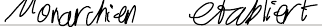
Monarchien etabliert